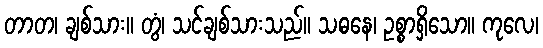
တာတ၊ ချစ်သား။ တွံ၊ သင်ချစ်သားသည်။ သဓနေ၊ ဥစ္စာရှိသော။ ကုလေ၊